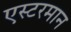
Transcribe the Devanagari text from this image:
एस्टरमान